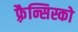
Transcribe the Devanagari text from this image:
फ़्रैन्सिस्को